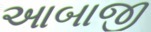
આબાજી